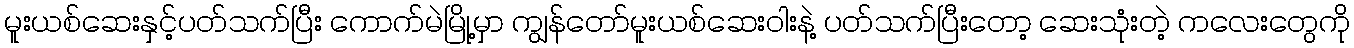
မူးယစ်ဆေးနှင့်ပတ်သက်ပြီး ကောက်မဲမြို့မှာ ကျွန်တော်မူးယစ်ဆေးဝါးနဲ့ ပတ်သက်ပြီးတော့ ဆေးသုံးတဲ့ ကလေးတွေကို